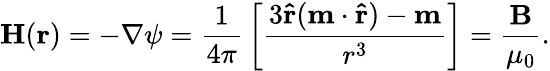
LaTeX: {\mathbf{H}}({\mathbf{r}})=-\nabla\psi={\frac{1}{4\pi}}\left[{\frac{3\mathbf{\hat{r}}(\mathbf{m}\cdot\mathbf{\hat{r}})-\mathbf{m}}{r^{3}}}\right]={\frac{\mathbf{B}}{\mu_{0}}}.